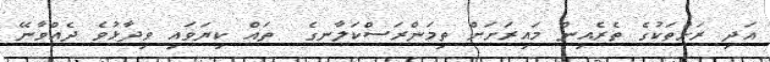
އަދި ރަށްތަކުގެ ތެރެއިން މައިރަށަށް ތިމަންރަސްކަލާނގެ  ތައް ކިޔަވައި ވިދާޅުވެ ދެއްވާނޭ